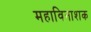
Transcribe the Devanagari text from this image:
महाविनाशक